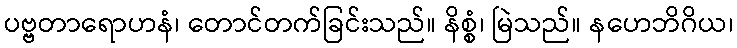
ပဗ္ဗတာရောဟနံ၊ တောင်တက်ခြင်းသည်။ နိစ္စံ၊ မြဲသည်။ နဟေဘိဂိယ၊